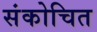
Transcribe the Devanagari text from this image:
संकोचित